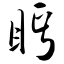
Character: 眄